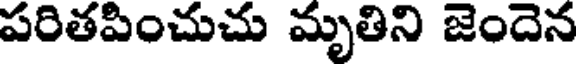
పరితపించుచు మృతిని జెందెన